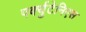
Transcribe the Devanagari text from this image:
पर्क्युटेनिएस